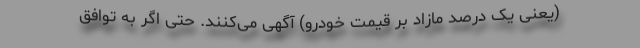
(یعنی یک درصد مازاد بر قیمت خودرو) آگهی می‌کنند. حتی اگر به توافق